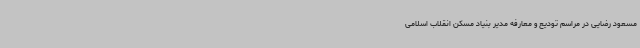
مسعود رضایی در مراسم تودیع و معارفه مدیر بنیاد مسکن انقلاب اسلامی